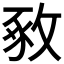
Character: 𢽴